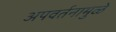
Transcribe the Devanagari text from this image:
अपवर्तनामुळे